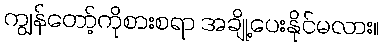
ကျွန်တော့်ကိုစားစရာ အချို့ပေးနိုင်မလား။